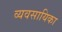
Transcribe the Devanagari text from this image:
व्यवसायिका